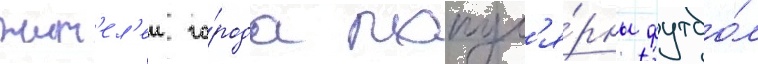
жит'ел'еи го́рода попул'я́рны футбо́л